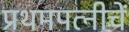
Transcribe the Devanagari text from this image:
प्रथमपत्नीचें